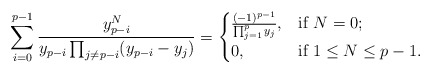
\begin{align*}\sum_{i=0}^{p-1} \frac{y_{p-i}^{N}}{y_{p-i}\prod_{j\neq p-i}(y_{p-i}-y_j)} =\begin{cases} \frac{(-1)^{p-1}}{ \prod_{j=1}^{p}y_j},& \mbox{if}\ N=0;\\ 0, & \mbox{if}\ 1\leq N\leq p-1. \end{cases}\end{align*}